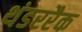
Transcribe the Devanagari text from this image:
थंडररैक